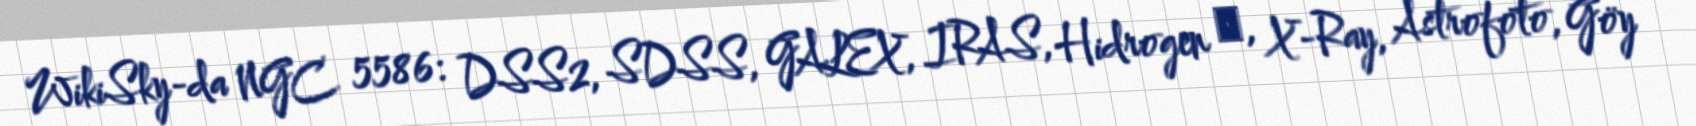
WikiSky-da NGC 5586: DSS2, SDSS, GALEX, IRAS, Hidrogen α, X-Ray, Astrofoto, Göy